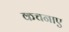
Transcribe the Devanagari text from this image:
कचनाए